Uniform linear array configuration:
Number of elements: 8
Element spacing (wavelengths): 0.25
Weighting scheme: exponential
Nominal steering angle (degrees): -30
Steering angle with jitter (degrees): -28.643
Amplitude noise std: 0.05
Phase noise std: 0.05

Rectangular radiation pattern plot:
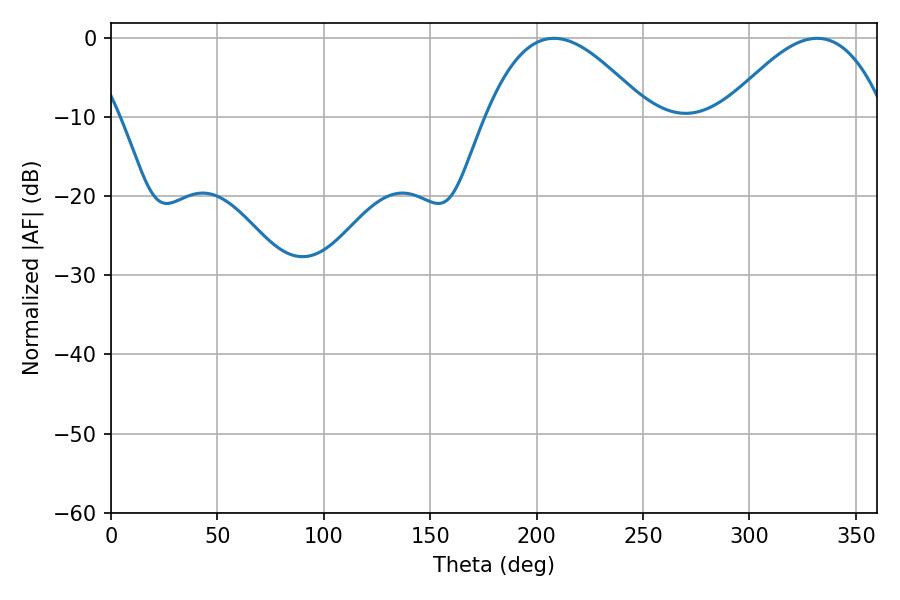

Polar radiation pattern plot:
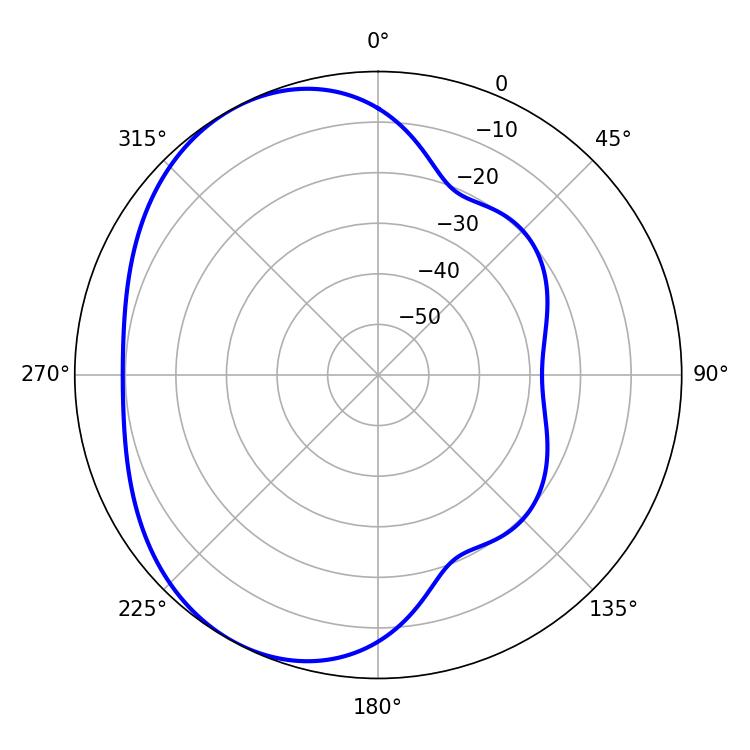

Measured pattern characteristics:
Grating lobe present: FALSE
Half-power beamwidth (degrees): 41.4
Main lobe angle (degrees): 208.26